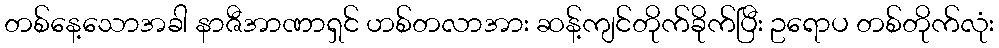
တစ်နေ့သောအခါ နာဇီအာဏာရှင် ဟစ်တလာအား ဆန့်ကျင်တိုက်ခိုက်ပြီး ဥရောပ တစ်တိုက်လုံး